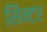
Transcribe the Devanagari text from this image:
सिन्टर